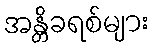
အန္တိခရစ်များ